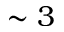
\sim 3